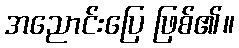
အညောင်းပြေ ဖြစ်၏။